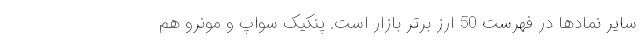
سایر نمادها در فهرست 50 ارز برتر بازار است. پنکیک سواپ و مونرو هم